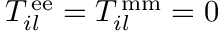
T _ { i l } ^ { \, \mathrm { e e } } = T _ { i l } ^ { \, \mathrm { m m } } = 0